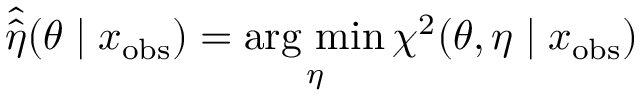
\hat { \hat { \eta } } ( \theta \mid x _ { \mathrm { o b s } } ) = \mathop { \mathrm { a r g ~ m i n } } _ { \eta } \chi ^ { 2 } ( \theta , \eta \mid x _ { \mathrm { o b s } } )